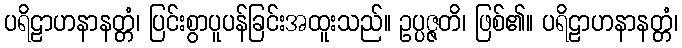
ပရိဠာဟနာနတ္တံ၊ ပြင်းစွာပူပန်ခြင်းအထူးသည်။ ဥပ္ပဇ္ဇတိ၊ ဖြစ်၏။ ပရိဠာဟနာနတ္တံ၊